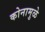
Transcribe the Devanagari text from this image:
कोनामुळे